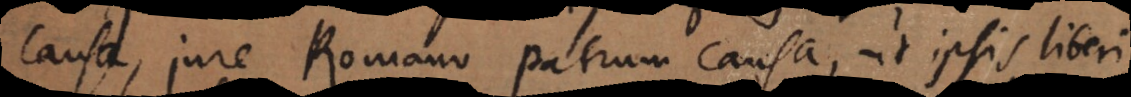
causa, jure Romano patrum causa, ut ipsis liberi